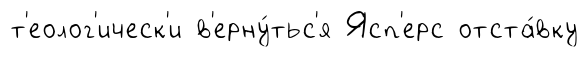
т'еолог'ическ'и в'ерну́тьс'я Ясп'ерс отста́вку